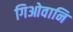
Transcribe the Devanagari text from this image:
गिओवानि